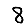
Digit: 8